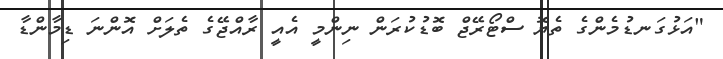
"އަޅުގަނޑުމެންގެ ތެޔޮ ސްޓޯރޭޖް ބޮޑުކުރަން ނިންމީ އެއީ ރާއްޖޭގެ ތެލަށް އޮންނަ ޑިމާންޑާ